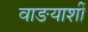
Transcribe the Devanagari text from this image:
वाङयाशीं